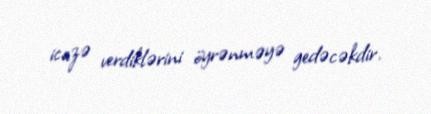
icazə verdiklərini öyrənməyə gedəcəkdir.